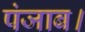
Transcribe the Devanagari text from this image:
पंजाब।